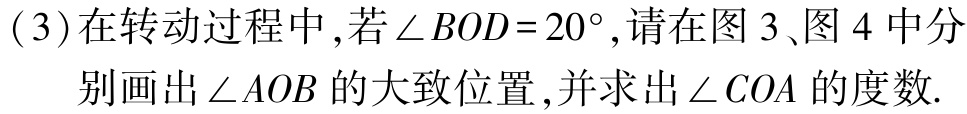
(3)在转动过程中,若$\angle BOD = 20^{\circ}$,请在图 3、图 4 中分别画出$\angle AOB$的大致位置,并求出$\angle COA$的度数.